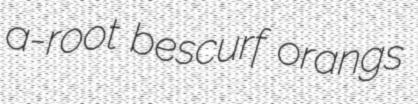
a-root bescurf orangs